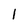
Character: l